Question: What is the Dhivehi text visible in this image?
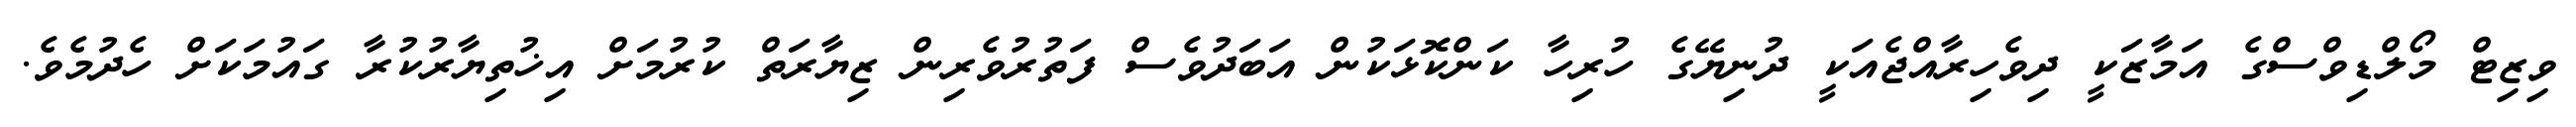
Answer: ވިޒިޓް މޯލްޑިވްސްގެ އަމާޒަކީ ދިވެހިރާއްޖެއަކީ ދުނިޔޭގެ ހުރިހާ ކަންކޮޅަކުން އަބަދުވެސް ފަތުރުވެރިން ޒިޔާރަތް ކުރުމަށް އިޚުތިޔާރުކުރާ ގައުމަކަށް ހެދުމެވެ.